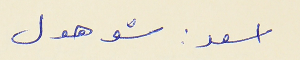
اسعد : شو هول